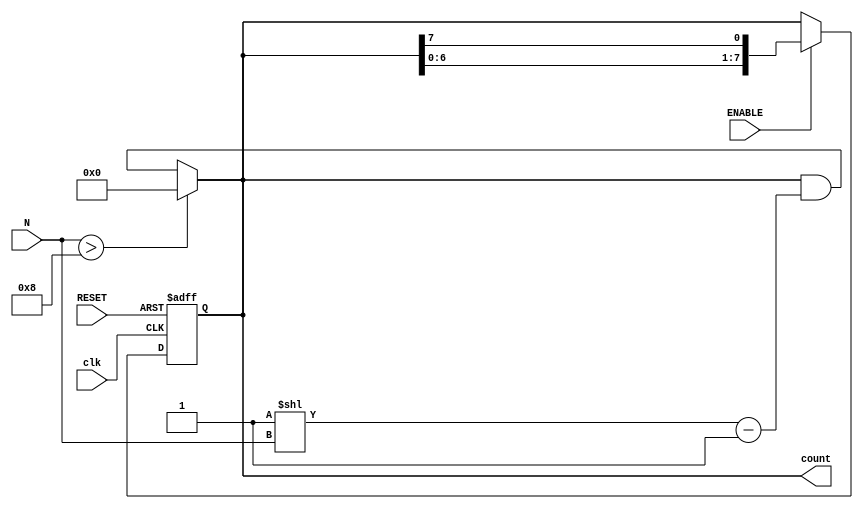
module variable_length_ring_counter #(
    parameter MAX_LENGTH = 8  // Maximum length of the counter
)(
    input wire clk,            // Clock input
    input wire RESET,          // Asynchronous reset
    input wire ENABLE,         // Enable signal
    input wire [3:0] N,        // Variable length input (max 15)
    output reg [MAX_LENGTH-1:0] count // Output states of the flip-flops
);

    // Internal signal to determine the effective length of the counter
    reg [MAX_LENGTH-1:0] next_count;

    always @(posedge clk or posedge RESET) begin
        if (RESET) begin
            // Reset the counter: only the first flip-flop is set
            count <= 1'b1;
        end else if (ENABLE) begin
            // Shift the '1' through the flip-flops
            next_count = {count[MAX_LENGTH-2:0], count[MAX_LENGTH-1]};
            count = next_count;
        end
    end

    // Control the active states based on the input parameter N
    always @(*) begin
        if (N > MAX_LENGTH) begin
            count = {MAX_LENGTH{1'b0}}; // If N exceeds MAX_LENGTH, set all to 0
        end else begin
            // Set the output to reflect only the first N bits
            count = (count & ((1 << N) - 1)); // Mask the output to the first N bits
        end
    end

endmodule